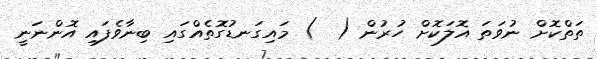
ތަތްކޮށް ނުވަތަ އޮލަކޮށް ހުރުން (  ) މައިގަނޑުގޮތެއްގައި ބިނާވެފައި އޮންނަނީ